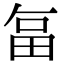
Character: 𭻉